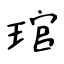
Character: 琯